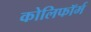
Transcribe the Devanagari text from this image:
कोलिफॉर्म